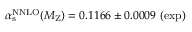
\alpha _ { \mathrm { s } } ^ { \mathrm { N N L O } } ( M _ { \mathrm { Z } } ) = 0 . 1 1 6 6 \pm 0 . 0 0 0 9 ~ ( \mathrm { e x p ) }